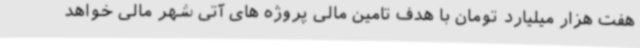
هفت هزار میلیارد تومان با هدف تامین مالی پروژه های آتی شهر مالی خواهد